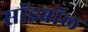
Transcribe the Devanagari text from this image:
सॉइबॉल